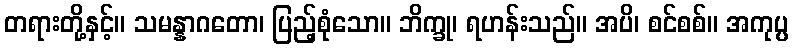
တရားတို့နှင့်။ သမန္နာဂတော၊ ပြည့်စုံသော။ ဘိက္ခု၊ ရဟန်းသည်။ အပိ၊ စင်စစ်။ အကုပ္ပ